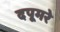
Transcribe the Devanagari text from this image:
दपूमरे